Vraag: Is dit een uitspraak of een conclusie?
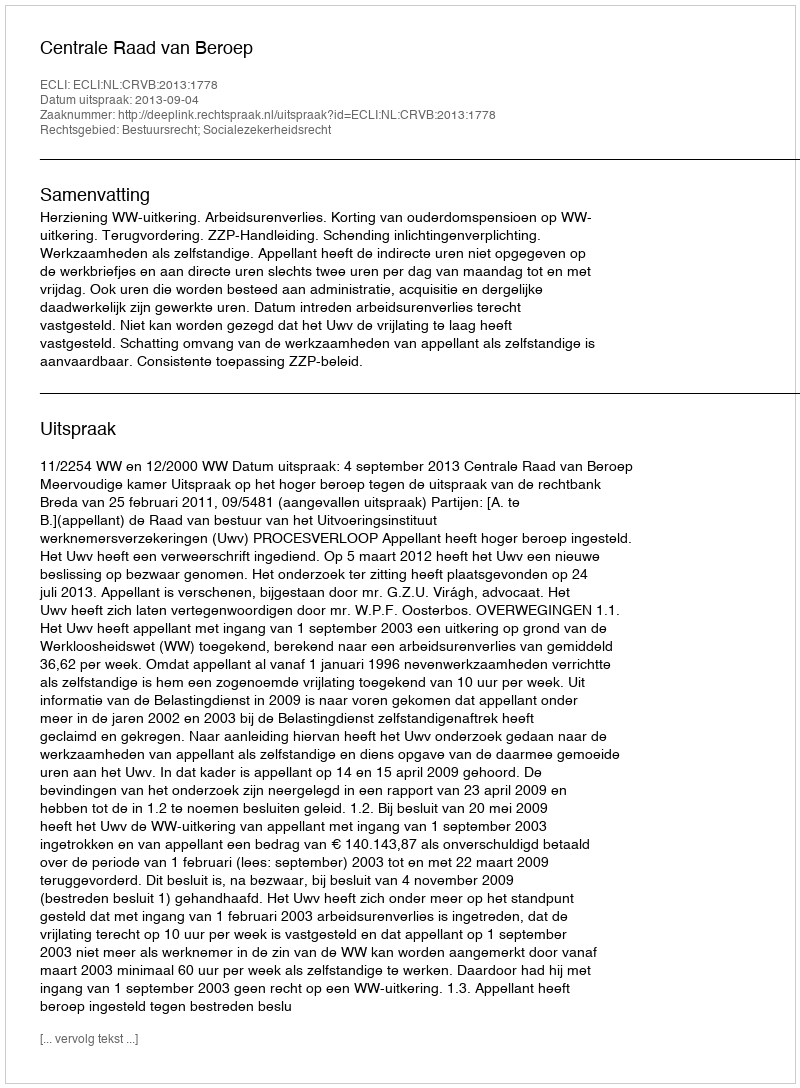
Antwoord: Uitspraak